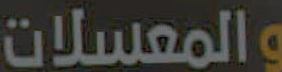
والمعسلات